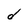
Character: d